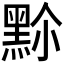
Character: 𪐳